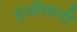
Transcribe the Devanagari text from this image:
इओलानी